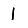
Digit: 1